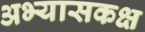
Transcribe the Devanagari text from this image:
अभ्यासकक्ष